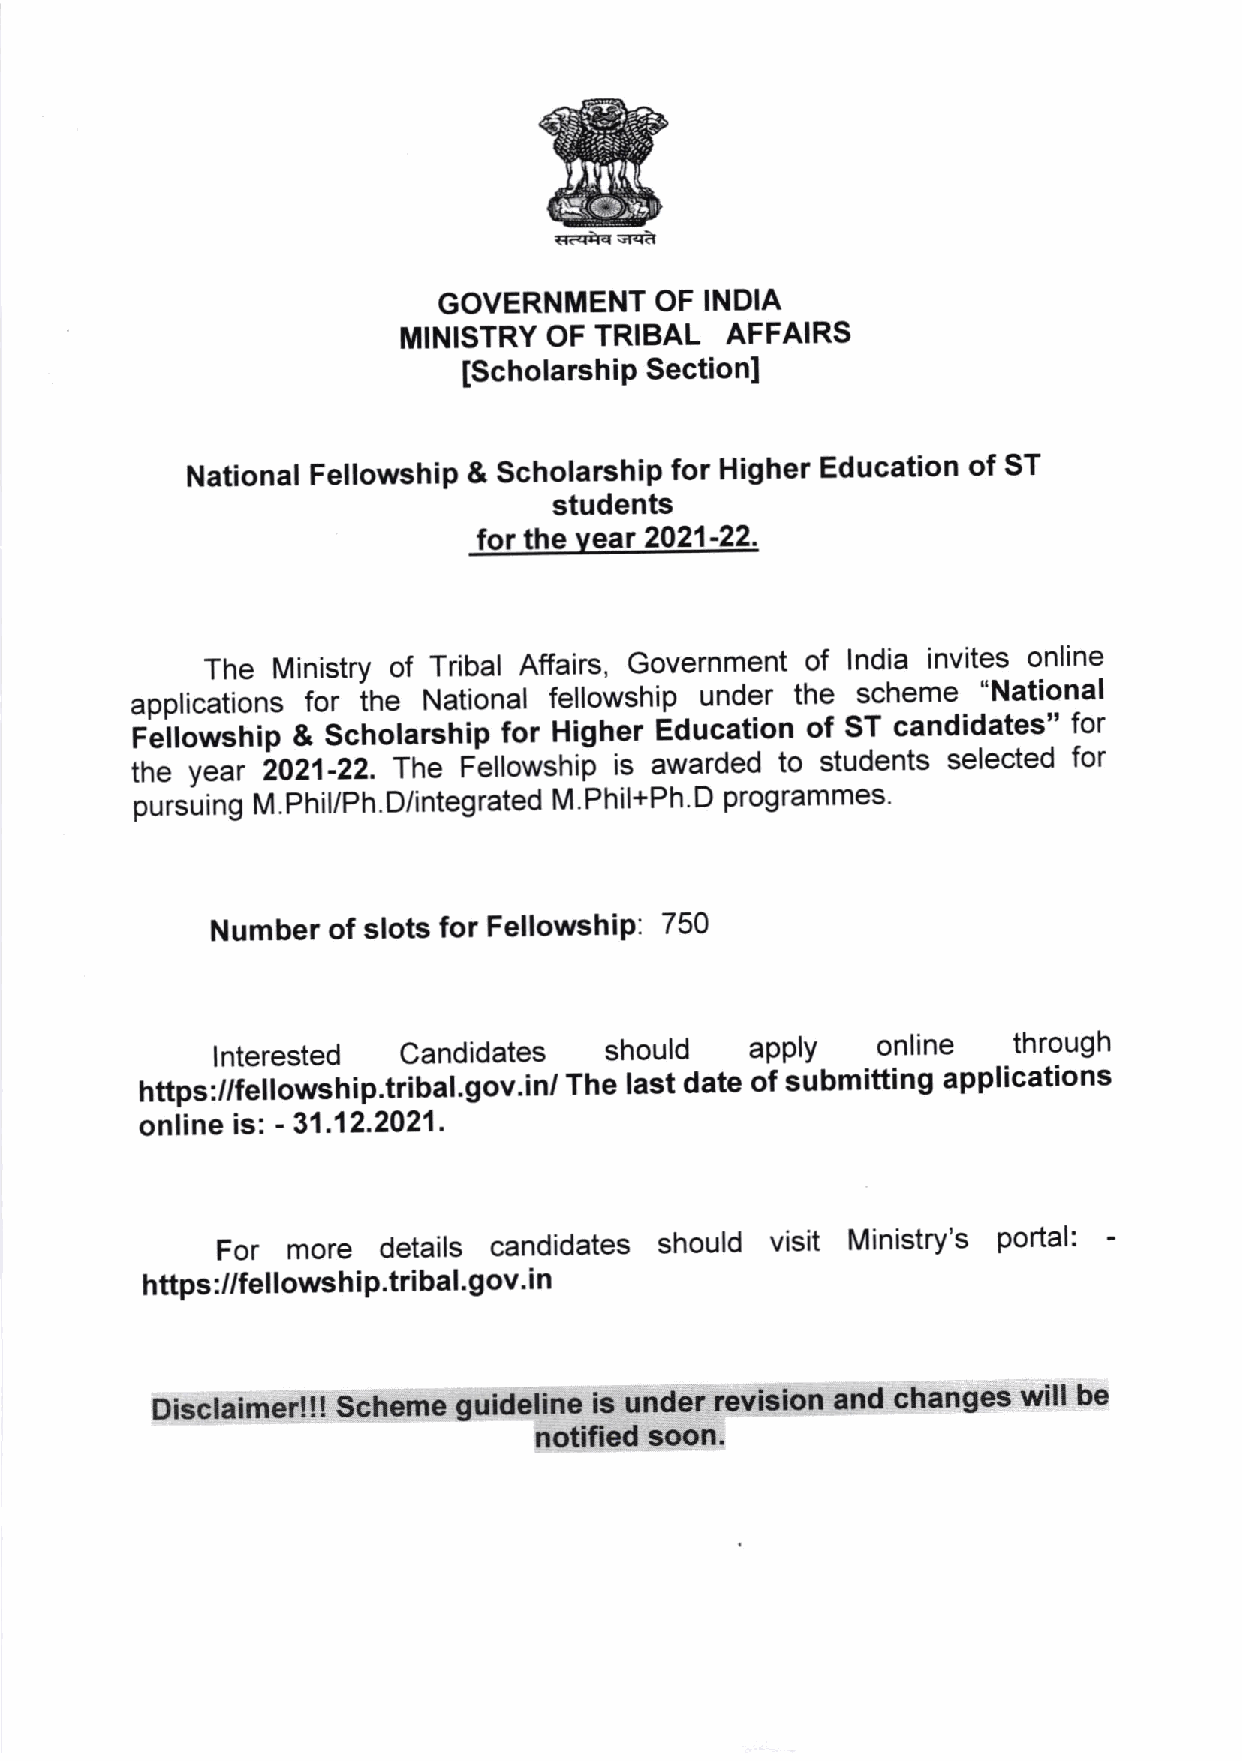
F<iqq:lt
 GOVERNMENT    OF  INDIA
 MINISTRY OF TRIBAL   AFFAIRS
 Section]
 [ScholarshiP
 National Fellowship & scholarship for Higher Education of ST
 students
 for the vear 2021-22.
 TheMinistryofTribalAffairs,Governmentoflndiainvitesonline
 applications tor ihe National fellowship under the scheme "National
 feilowstrip & Scholarship for Higher Education of ST candidates" for
 tne year ZOZ1-ZZ. The Fellowshi[ is awarded to students selected for
 pursuing M.Phil/Ph.D/integrated M.Phil+Ph D programmes'
 Number  of slots for FellowshiP: 750
 should    apply   online
 lnterested   candidates
 -through
 https://fellowship.tribal.gov.in/Thelastdateofsubmittingapplications
 online isl. - 31.12.2021.
 For  more  details candidates should visit Ministry's portal:
 https ://fel lows h i p.tri bal. gov. i n
 Disclaimer!!! scheme guideline is under revision and changes will be
 notified soon.